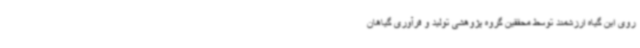
روی این گیاه ارزشمند توسط محققین گروه پژوهشی تولید و فرآوری گیاهان